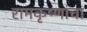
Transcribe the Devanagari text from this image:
रामकृष्णांचा